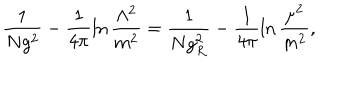
\frac { 1 } { N g ^ { 2 } } - \frac { 1 } { 4 \pi } \ln \frac { \Lambda ^ { 2 } } { m ^ { 2 } } = \frac { 1 } { N g _ { R } ^ { 2 } } - \frac { 1 } { 4 \pi } \ln \frac { \mu ^ { 2 } } { m ^ { 2 } } ,